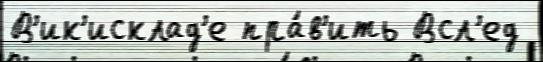
В'ик'исклад'е пра́в'ить Всл'ед